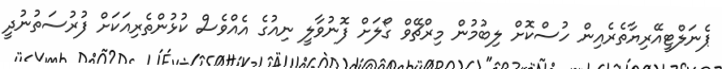
ޕެނަލްޓީއޭރިޔާތެރެއިން ހުސްކޮށް ލިބުމުން މިރްޗޭވް ގޯލަށް ފޮނުވާލީ ނިއުގެ އެއްވެސް ކުޅުންތެރިއަކަށް ފުރުސަތުނުދީ